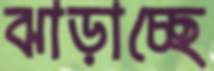
ঝাড়াচ্ছে